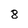
Character: 8